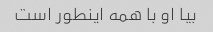
بیا او با همه اینطور است